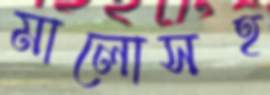
মালোসহ